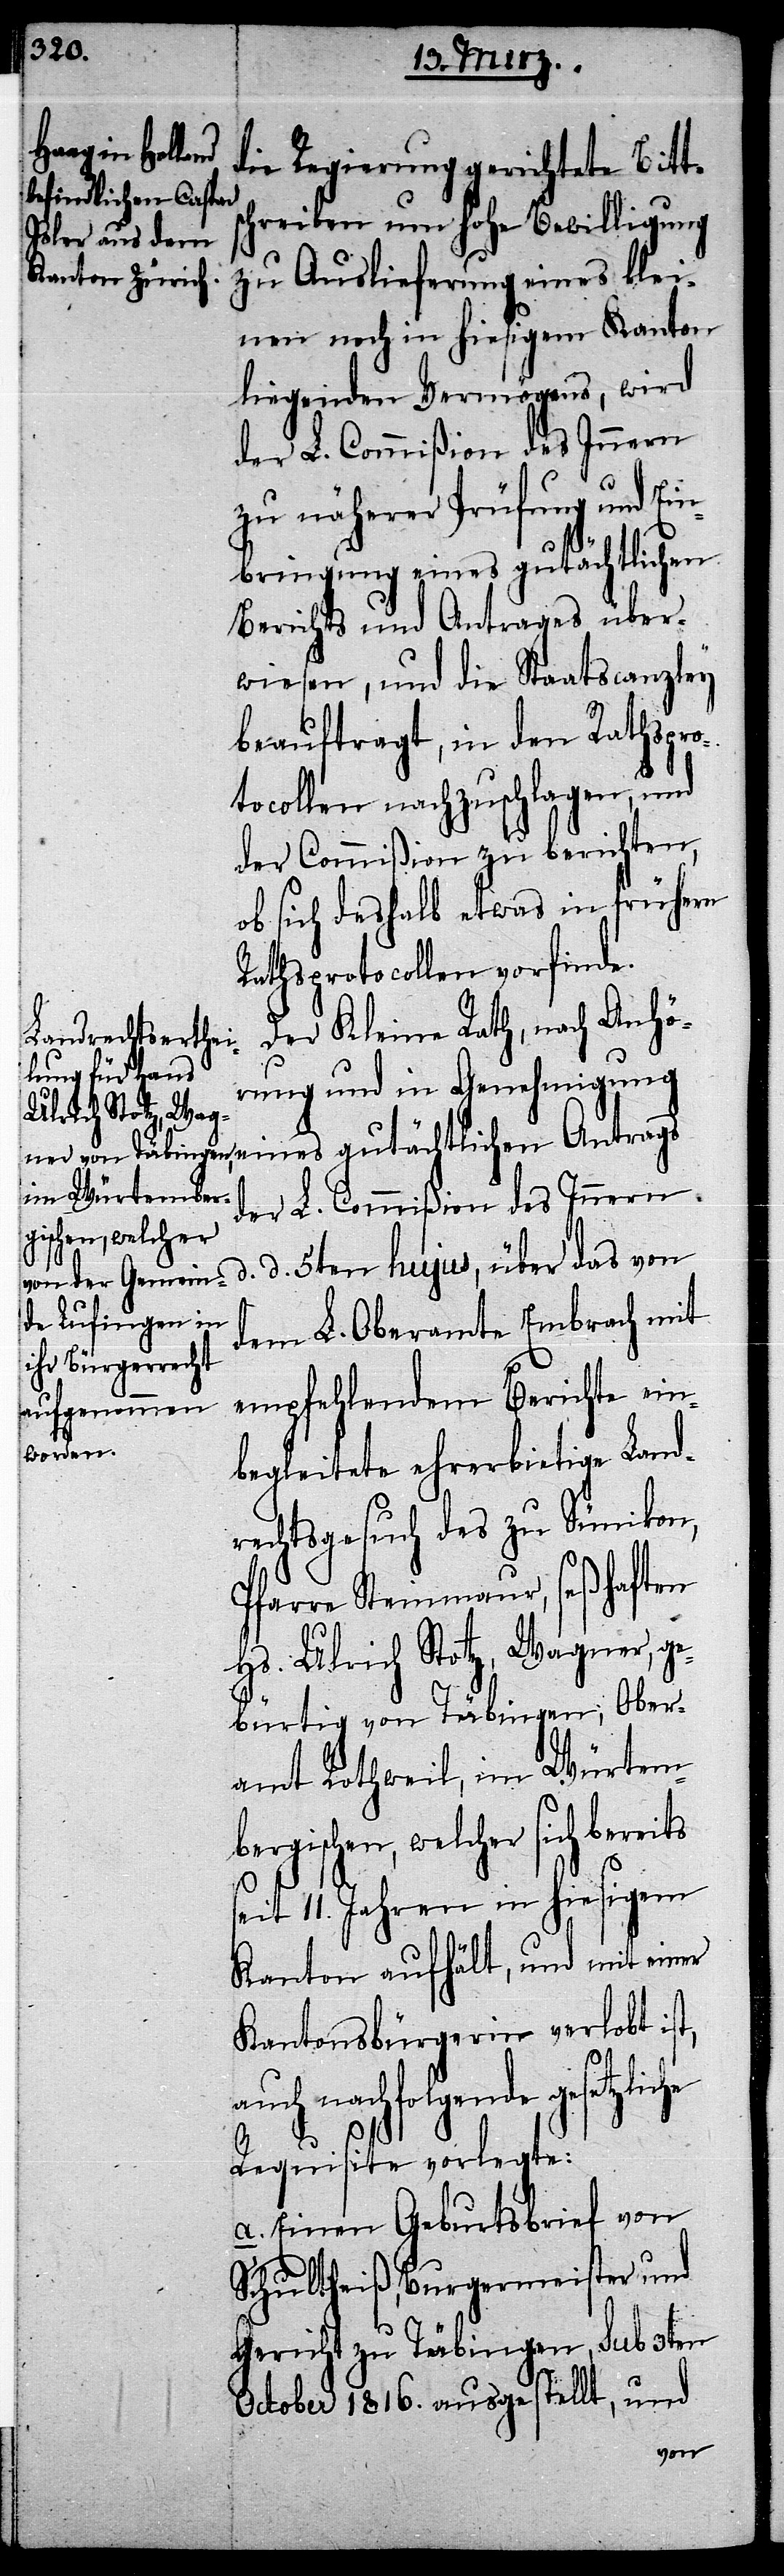
die Regierung gerichtete Bitt¬
schreiben um hohe Bewilligung
zu Auslieferung eines klei¬
nen noch in hiesigem Kanton
liegenden Vermögens, wird
der L. Commißion des Innern
auch nachfolgende
bringung eines gutächtlichen
Berichts und Antrages über¬
wiesen, und die Staatscanzley
beauftragt, in den Rathspro¬
tocollen nachzuschlagen, und
der Commißion zu berichten,
ob sich deshalb etwas in frühern
Rathsprotocollen vorfinde.
Der Kleine Rath, nach Anhö¬
rung und in Genehmigung
d. 5ten hujus, über das von
dem L. Oberamte Embrach mit
empfehlendem Berichte ein¬
begleitete ehrerbietige Land¬
rechtsgesuch des zu Sünikon,
Pfarre Steinmaur, seßhaften
Hs. Ulrich Stotz, Wagner, ge¬
bürtig von Täbingen, Ober¬
amt Rothweil, im Würtem¬
bergischen, welcher sich ber¬
eit 11. Jahren in hiesigem
Kanton aufhält, und mit einer
Kantonsbürgerin verlobt ist,
Requisite vorlegte:
a. Einen Geburtsbrief von
Schultheiß, Burgermeister und
Gericht zu Täbingen, Sub 3ten
October 1816. ausgestellt, und
Ein¬